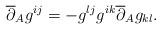
LaTeX: \begin{align*} \overline{\partial}_A g^{ij} = - g^{lj} g^{ik} \overline{\partial}_A g_{kl}.\end{align*}